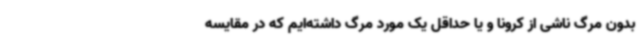
بدون مرگ ناشی از کرونا و یا حداقل یک مورد مرگ داشته‌ایم که در مقایسه